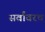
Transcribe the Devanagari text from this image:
सर्वांवरच